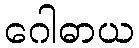
ဂေါဓာယ